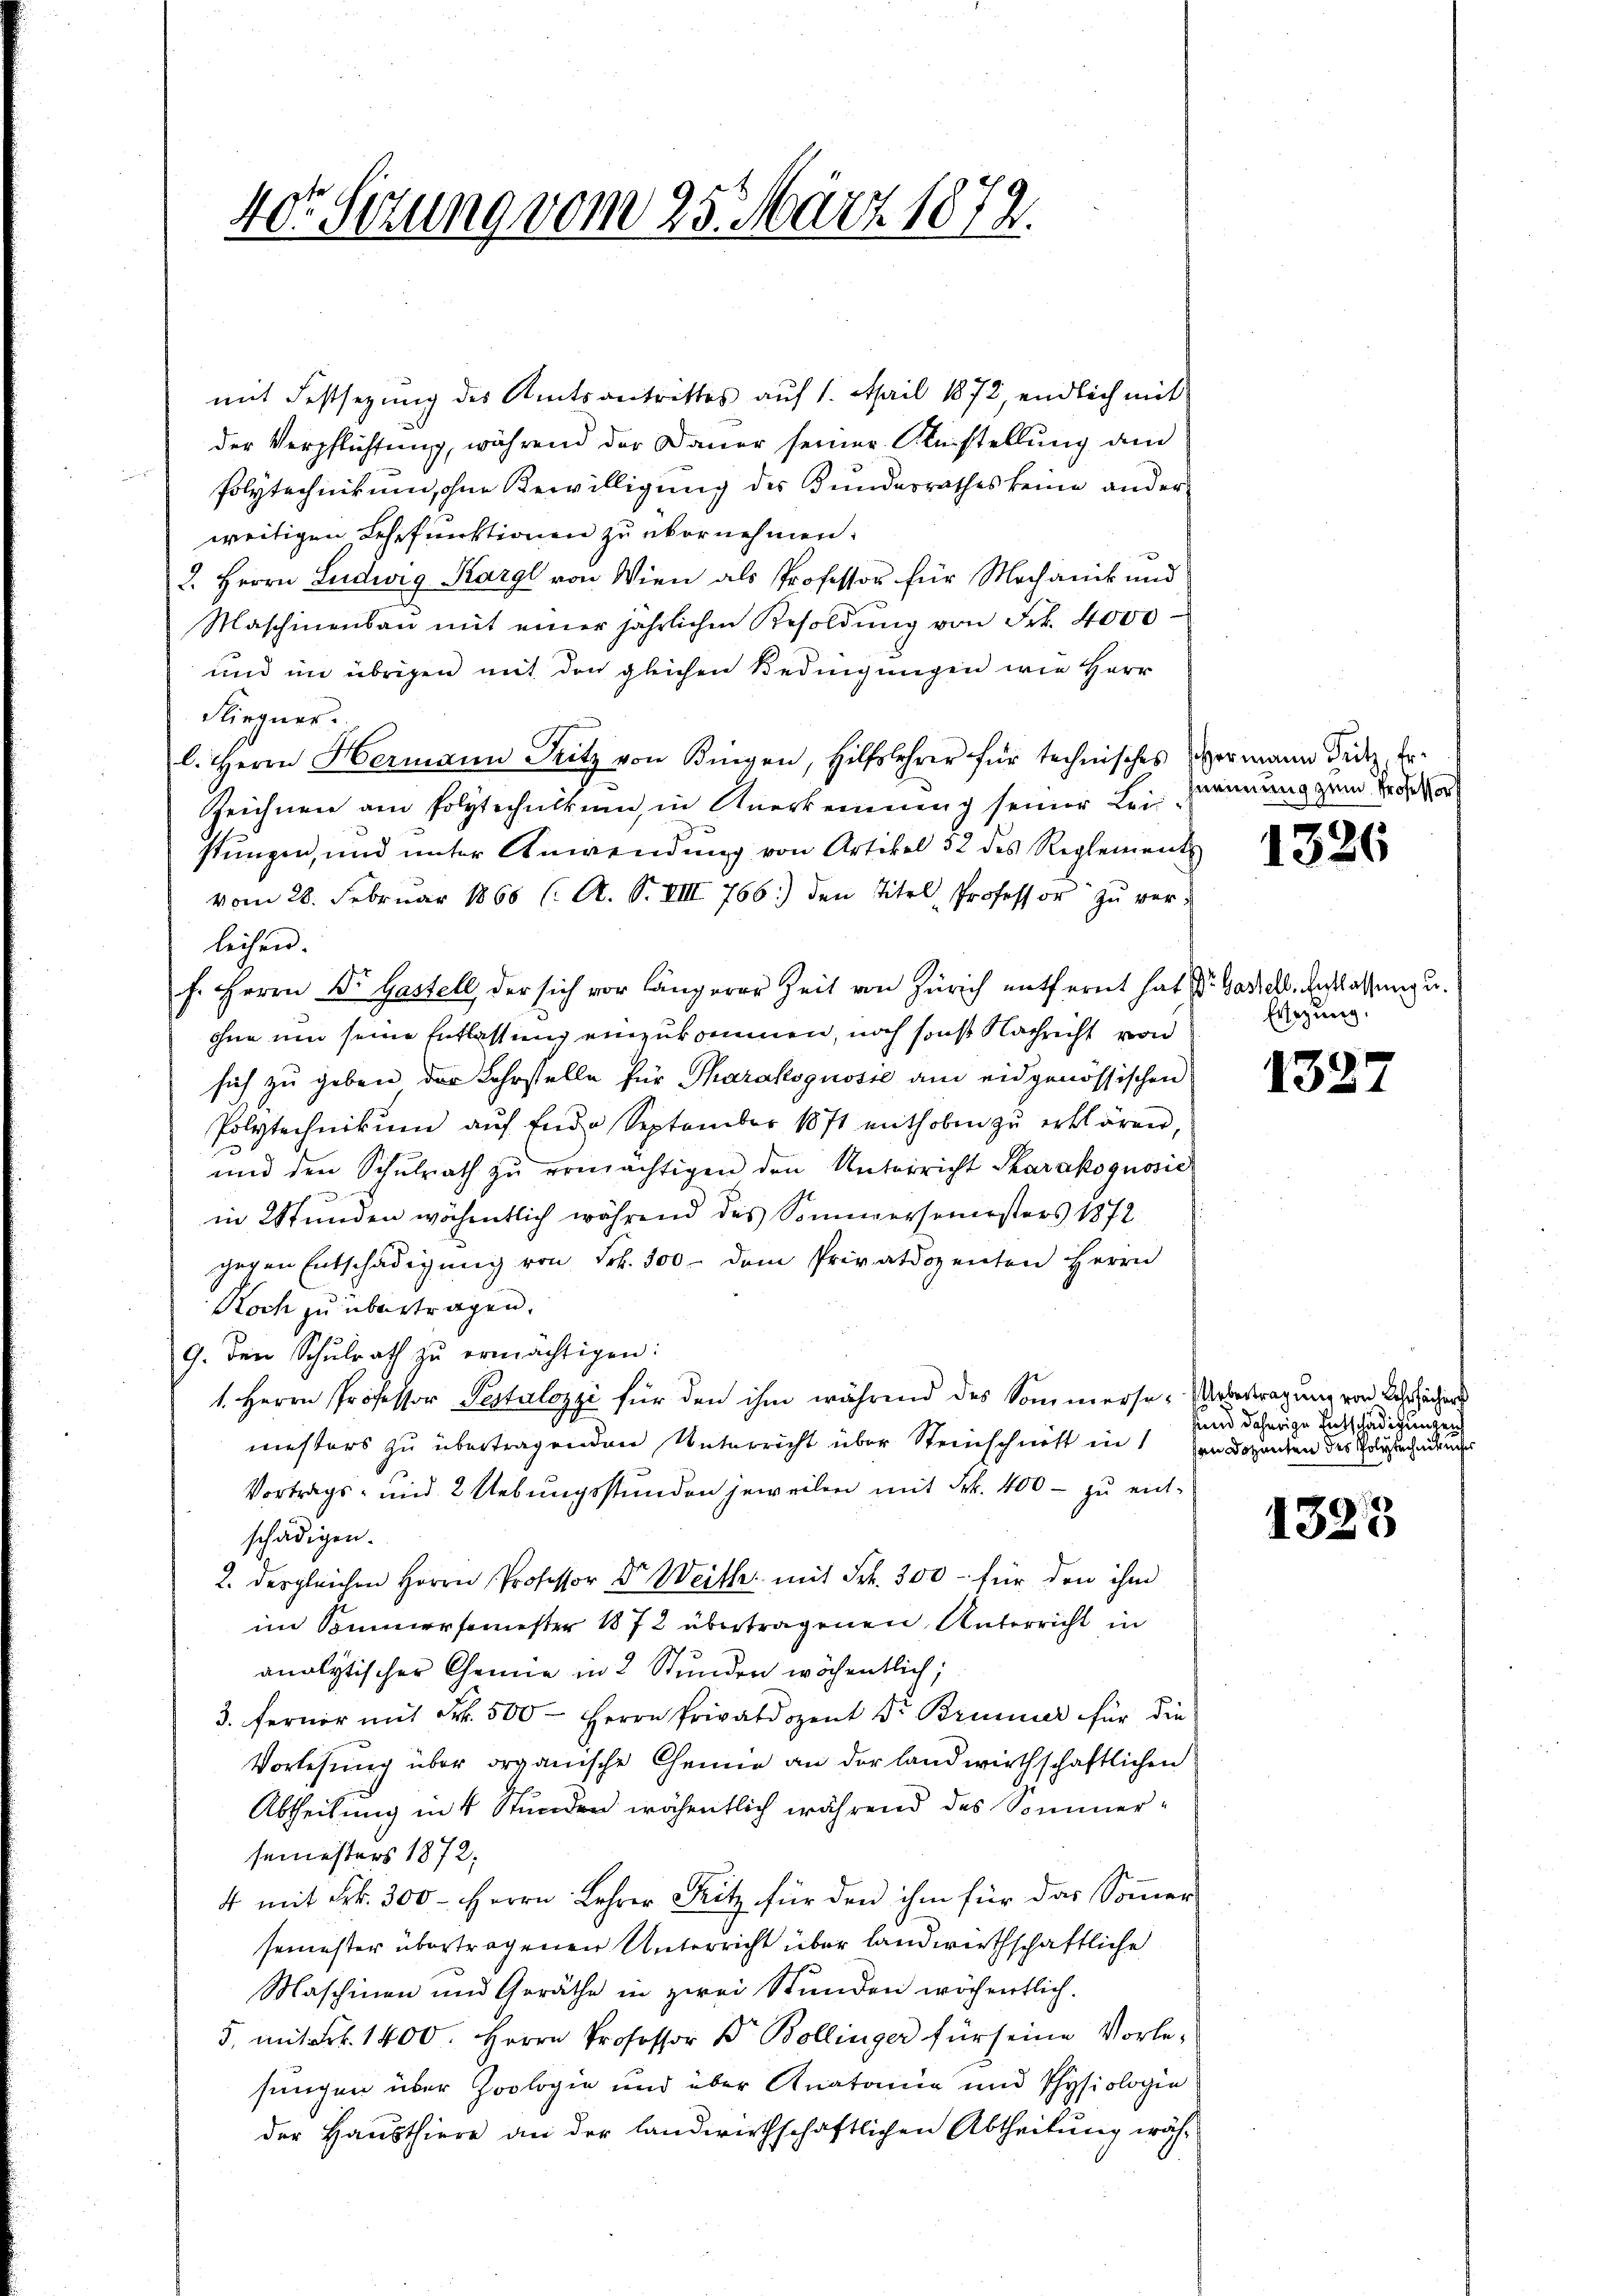
40r Sitzung vom 25. März 1872.

mit Festsezung des Amtsantrittes auf 1. April 1872, endlich mit
der Verpflichtung, während der Dauer seiner Austellung an
Polytechnikum, ohne Bewilligung des Bundesrathes keine anderweitigen Lehrfunktionen zu übernehmen.
2. Herrn Ludwig Karl von Wien als Professor für Mochanik und
Maschinenbau mit einer jährlichen Resoldŭng von Frk. 4000
und im übrigen mit den gleichen Bedingungen wie Herr
Fliegner.
l. Herrn Hermann Sitz von Kingen, Hilfslehrer für technisches vermann Fitz, Er-
Zeichnen am Polytechnikum, in Anerkennung seiner Leistungen, und unter Anwendung von Artikel 52 des Reglements
vom 28. Februar 1868 (: A. S. VIII 766.) den Titel, Professor zŭ verleichen.
f. Herrn Dr Gastell, der sich vor längerer Zeit von Zürich entfernt hat Dr. Gartell. Entlassung u.
ohne um seine Entlassung einzukommen, noch sonst Nachricht von
sich zu geben der Lehrstelle für Tharaksgusste am eidgenössischen
Polytechnikum auf Ende September 1871 enthoben zu erklären,
und den Schŭlrath zŭ ermächtigen den Unterricht Sharakognosic
in Stunden wöchentlich während des Sonnersemesters 1872
gegen Entschädigŭng von Frk. 300 dem Privatdozenten Herrn
Noch zu übertragen.
G. Den Schulrath zu ermächtigen:
1. Herrn Professor Pestalozzi für den ihm während des Sommerse-Uebertragung von Beschächer
mesters zu übertragenden Unterricht über Steinschnitt in den Dozenten des Polytechenden
Vortrags- und 2 Uebungsstunden jeweilen mit Frk. 400 - zu entschädigen.
2. dergleichen Herrn Professor Dr Weith mit Frk. 300 - für den ihm
im Sommersemester 1872 übertragenen Unterricht in
analytischer Chemie in 2 Stunden wöchentlich,
3. Ferner mit Frk. 500 - Herrn Privatdozent Dr Brunner für die
Vorlesung über organische Chemie an der landwirthschaftlichen
Abtheilung in 4 Stunden wöchentlich während des Sommersemesters 1872,
4 mit Frk. 300 - Herrn Lehrer Fritz für den ihm für das Sommer-
semester übertragenen Unterricht über landwirthschaftliche
Maschinen und Geräthe in zwei Stunden wöchentlich.
5. mit Frk. 1400. Herrn Professor Dr. Bollinger für seine Vorlesungen über Zoologie und über Anatomie und Physiologie
der Hausthiere an der landwirthschaftlichen Abtheilung wäh¬

herinung zum Professor

1326

Ersezung.

132

und daherige Entschädigungen

1323